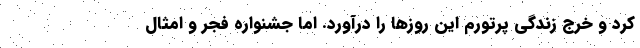
کرد و خرج زندگی پرتورم این روزها را درآورد. اما جشنواره فجر و امثال